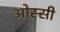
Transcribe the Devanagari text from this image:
ओस्सी